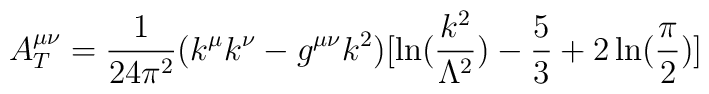
A^{\mu\nu}_T ={1\over {24\pi^2}} (k^\mu k^\nu -g^{\mu\nu}k^2)[\ln ({{k^2}\over{\Lambda^2}}) - \frac{5}{3} + 2\ln ({\pi \over 2})]